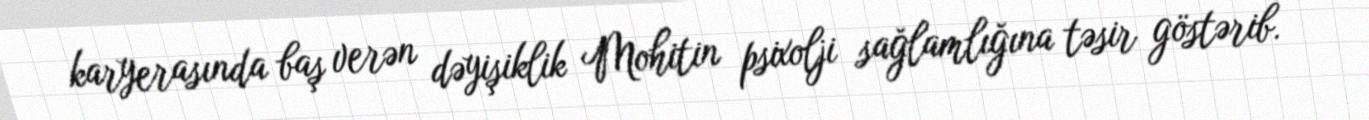
karyerasında baş verən dəyişiklik Mohitin psixolji sağlamlığına təsir göstərib.